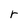
Character: r